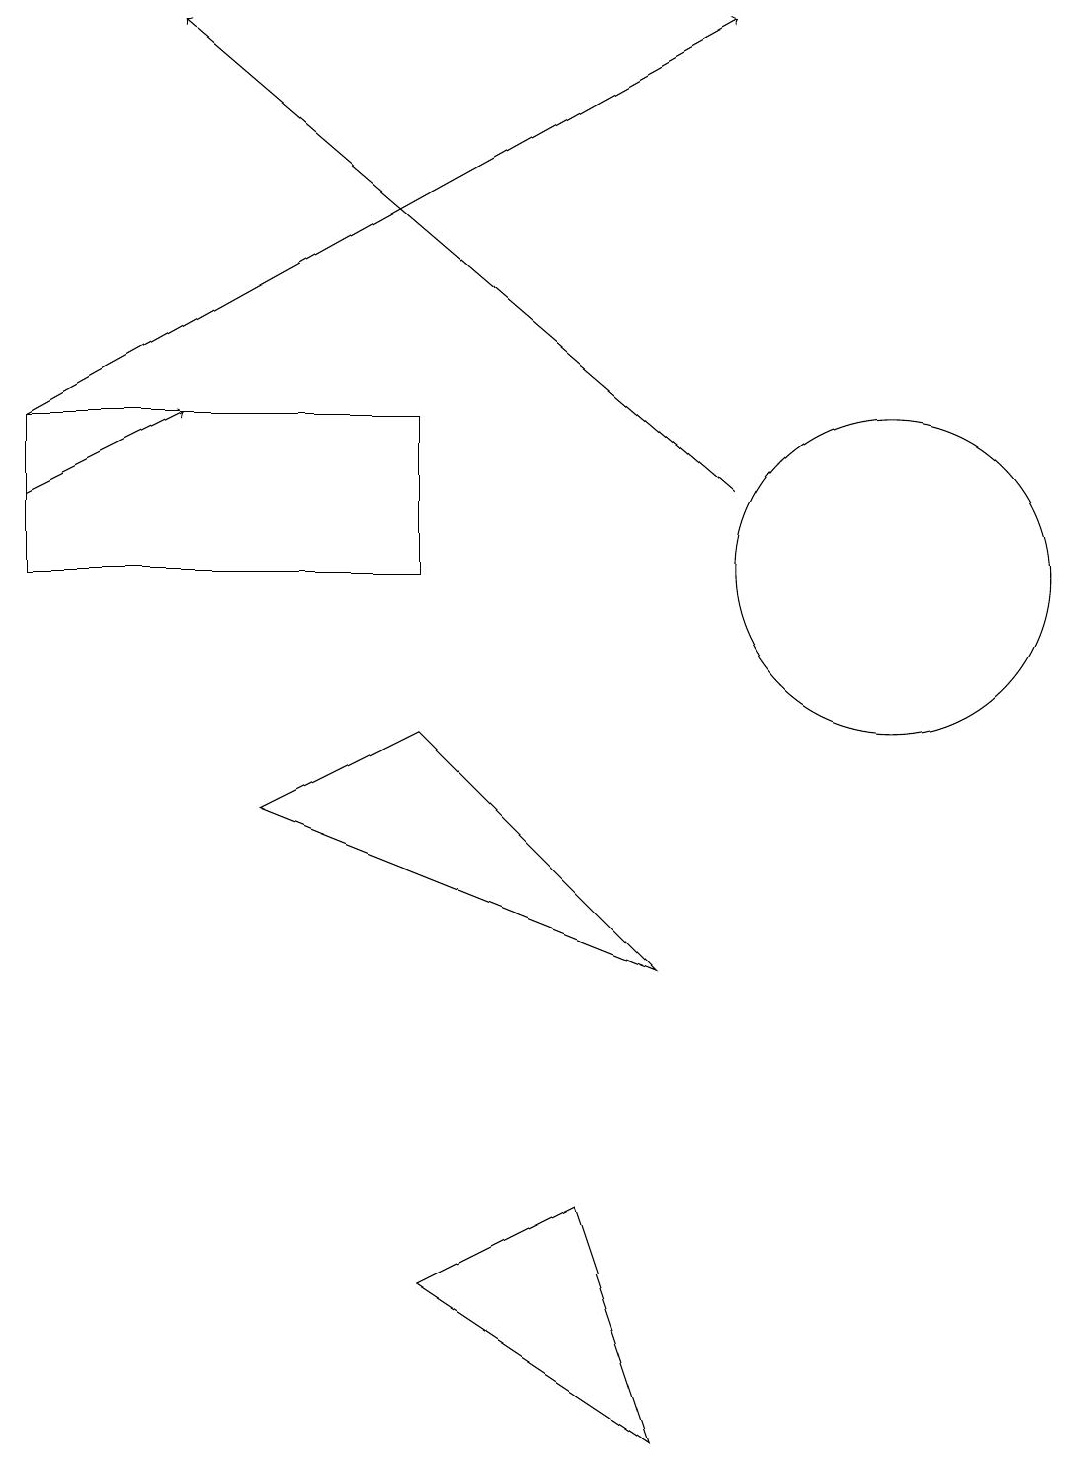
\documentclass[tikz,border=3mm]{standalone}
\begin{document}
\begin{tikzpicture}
\draw[->] (0,13) -- (9,18);
\draw (0,11) rectangle (5,13);
\draw (11,11) circle (2);
\draw[->] (0,12) -- (2,13);
\draw[->] (9,12) -- (2,18);
\draw (8,0) -- (7,3) -- (5,2) -- cycle;
\draw (5,9) -- (8,6) -- (3,8) -- cycle;
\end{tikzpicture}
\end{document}